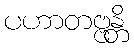
ပဟာတဗ္ဗန္တိ